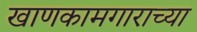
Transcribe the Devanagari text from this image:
खाणकामगाराच्या